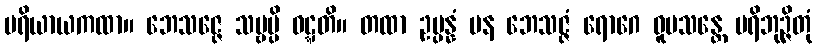
ပရိယာယကထာ။ ဘေသဇ္ဇေ သဗ္ဗမ္ပိ ဝဋ္ဋတိ။ တထာ ဥပ္ပန္နံ ပန ဘေသဇ္ဇံ ရောဂေ ဝူပသန္တေ ပရိဘုဉ္ဇိတုံ